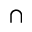
\cap